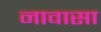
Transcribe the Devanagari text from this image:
नावासा